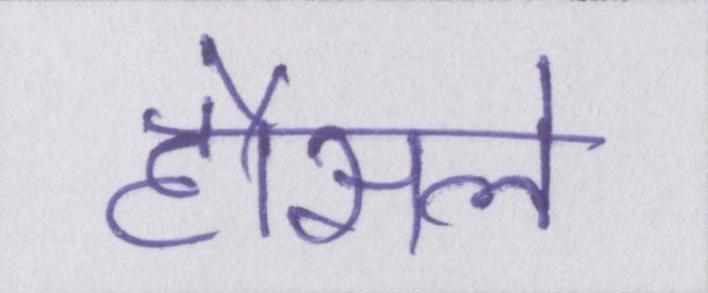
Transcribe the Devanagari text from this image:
हौसले